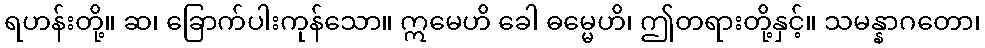
ရဟန်းတို့။ ဆ၊ ခြောက်ပါးကုန်သော။ ဣမေဟိ ခေါ ဓမ္မေဟိ၊ ဤတရားတို့နှင့်။ သမန္နာဂတော၊